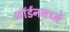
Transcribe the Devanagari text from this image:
जॉर्डनमध्ये